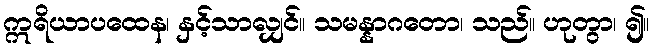
ဣရိယာပထေန၊ နှင့်သာလျှင်။ သမန္နာဂတော၊ သည်။ ဟုတွာ၊ ၍။